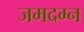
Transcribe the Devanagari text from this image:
जमदग्न